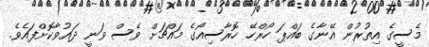
މެސީގެ އިތުރުން އޭނާގެ ބައްޕަ ހޯރްހޭ ހޮރާސިއޯގެ މައްޗަށް ވެސް ވަނީ ދައުވާކޮށްފައެވެ.